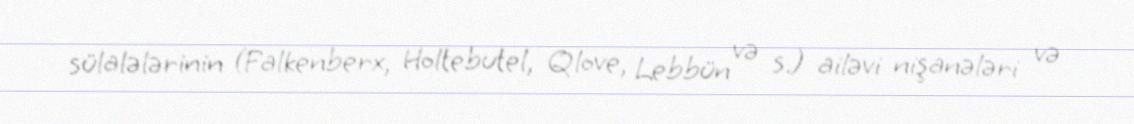
sülalələrinin (Falkenberx, Holtebutel, Qlove, Lebbün və s.) ailəvi nişanələri və